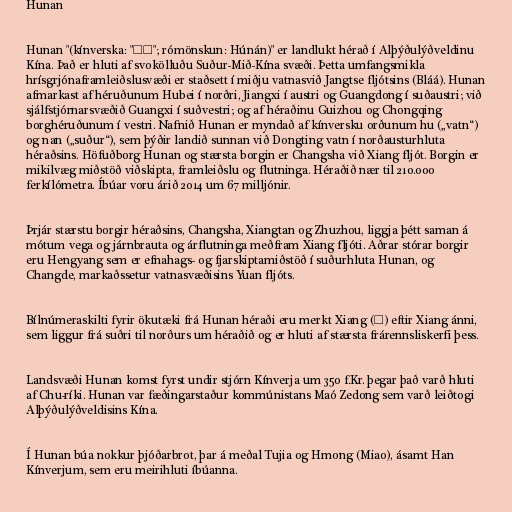
Hunan

Hunan "(kínverska: "湖南"; rómönskun: Húnán)" er landlukt hérað í Alþýðulýðveldinu
Kína. Það er hluti af svokölluðu Suður-Mið-Kína svæði. Þetta umfangsmikla
hrísgrjónaframleiðslusvæði er staðsett í miðju vatnasvið Jangtse fljótsins (Bláá). Hunan
afmarkast af héruðunum Hubei í norðri, Jiangxi í austri og Guangdong í suðaustri; við
sjálfstjórnarsvæðið Guangxi í suðvestri; og af héraðinu Guizhou og Chongqing
borghéruðunum í vestri. Nafnið Hunan er myndað af kínversku orðunum hu („vatn“)
og nan („suður“), sem þýðir landið sunnan við Dongting vatn í norðausturhluta
héraðsins. Höfuðborg Hunan og stærsta borgin er Changsha við Xiang fljót. Borgin er
mikilvæg miðstöð viðskipta, framleiðslu og flutninga. Héraðið nær til 210.000
ferkílómetra. Íbúar voru árið 2014 um 67 milljónir.

Þrjár stærstu borgir héraðsins, Changsha, Xiangtan og Zhuzhou, liggja þétt saman á
mótum vega og járnbrauta og árflutninga meðfram Xiang fljóti. Aðrar stórar borgir
eru Hengyang sem er efnahags- og fjarskiptamiðstöð í suðurhluta Hunan, og
Changde, markaðssetur vatnasvæðisins Yuan fljóts.

Bílnúmeraskilti fyrir ökutæki frá Hunan héraði eru merkt Xiang (湘) eftir Xiang ánni,
sem liggur frá suðri til norðurs um héraðið og er hluti af stærsta frárennsliskerfi þess.

Landsvæði Hunan komst fyrst undir stjórn Kínverja um 350 f.Kr. þegar það varð hluti
af Chu-ríki. Hunan var fæðingarstaður kommúnistans Maó Zedong sem varð leiðtogi
Alþýðulýðveldisins Kína.

Í Hunan búa nokkur þjóðarbrot, þar á meðal Tujia og Hmong (Miao), ásamt Han
Kínverjum, sem eru meirihluti íbúanna.